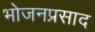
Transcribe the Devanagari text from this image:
भोजनप्रसाद